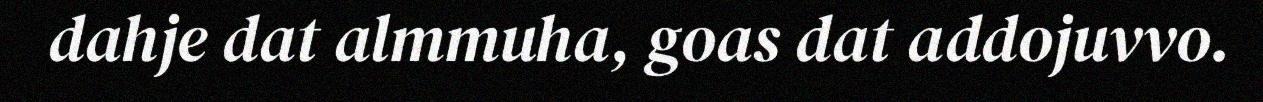
dahje dat almmuha, goas dat addojuvvo.